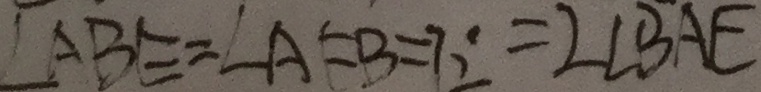
\angle A B E = \angle A E B = 2 \angle B A E